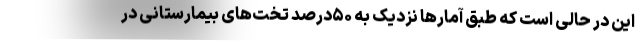
این در حالی است که طبق آمارها نزدیک به ۵۰درصد تخت‌های بیمارستانی در